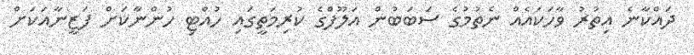
ދައްކާނެ އިތުރު ވާހަކައެއް ނެތުމުގެ ސަބަބުން އަލޫފްގެ ކުރިމަތީގައި ހުއްޓި ހުންނާކަށް ފަޒީނާއަކަށް